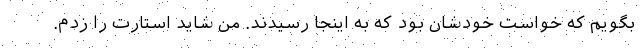
بگویم که خواست خودشان بود که به اینجا رسیدند. من شاید استارت را زدم.